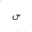
Letter: _sin